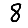
Digit: 8